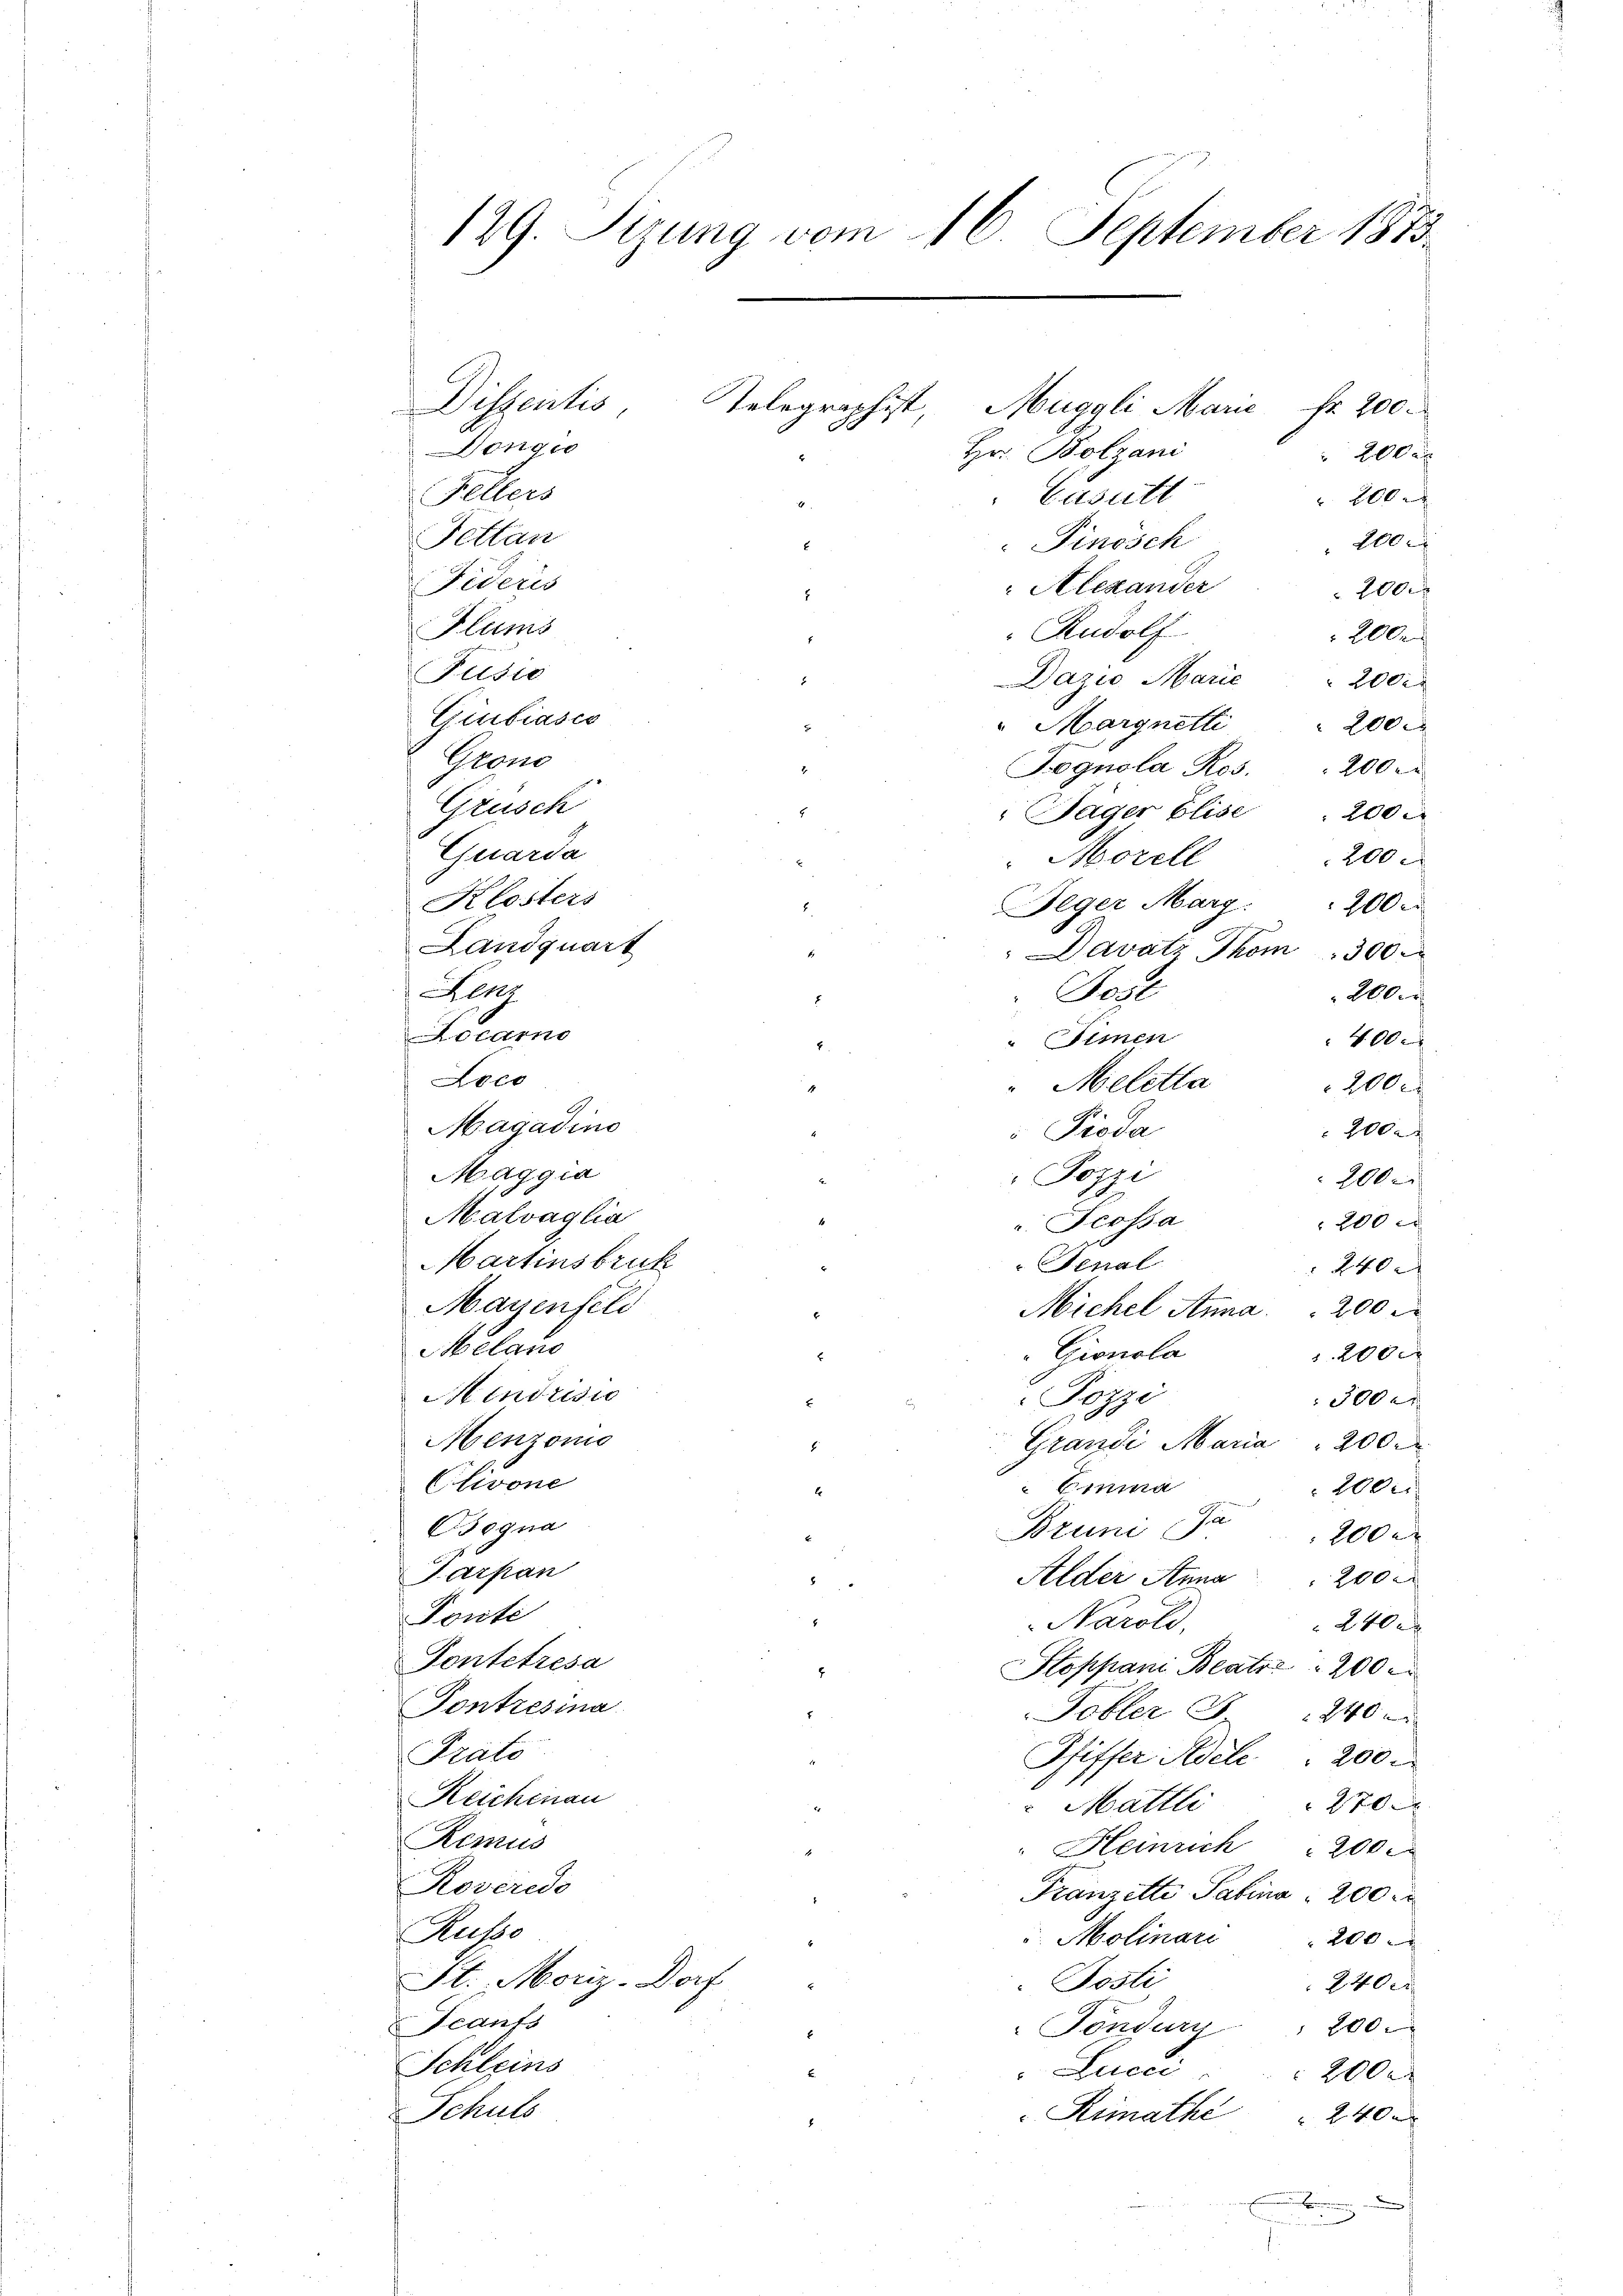
129. Sizung vom 16. September 1873.

Dispentis
Donge
Fellers
Fettan
Fideris
Flums
Pusić
Quibiasco
Prono
Grusch
Quarda
Klosters
Landquart

Hlr
Aocamo
Loco
G.
Magadino
Maggia
Malvaglia
Martinsbruk
Mayenfeld
Melaus
Mendrisie
Menzonis
Olivone
Osegna
Parpan
Ponte
Fontetresa
Pontresina
Prato
Reichenau
Remus
Roverede
Rutze
St. Moriz-Dorf
Feaufs
Schleins
Schuls

So

Telegraphist, Muggli Marie fr. 200
Hr. Bolzani
Casutt
Pinosch
Alexander
Rudolf
Dazio Marie 2000
"Margnetti
Fognola Ros.
Jäger Elise . 200
Morell
Feger Marg. 200 r
Davatz Thom. 300
Bost
Simen
400
Meletta
100
Pioda
Pozzi
200
200 x
u Fcossa
Fenal
240 f
Michel Anna 200 x
Gionola
. 2000
Pozzi
300 er
Grandi Maria " 200.
Emma
200x
t
Bruni, ca 2000
Alder Anna 200
Naroli
240 x
Stoppani Beater 200
Tobler S. 240 x
Pfiffer Adele 200.
Mattli
270
" Heinrich 200.
Franzette Pabina 200
 Molinari " 200
Posti
2400
200.
Fondurs
Lucci
200.
Rimathe    240 x
in ein

200 x
20xx

200 r

200 x
200
 200
200
200
Aller

200 x